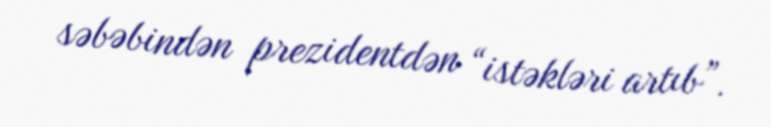
səbəbindən prezidentdən “istəkləri artıb”.